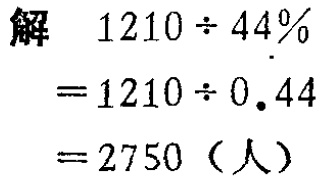
解

\[

\begin{align*}

1210\div44\%&=1210\div0.44\\

& = 2750 \text{（人）}

\end{align*}

\]